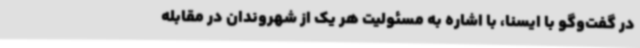
در گفت‌وگو با ایسنا، با اشاره به مسئولیت هر یک از شهروندان در مقابله